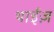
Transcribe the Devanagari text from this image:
थाईज़